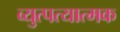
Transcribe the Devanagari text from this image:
व्युत्पत्यात्मक